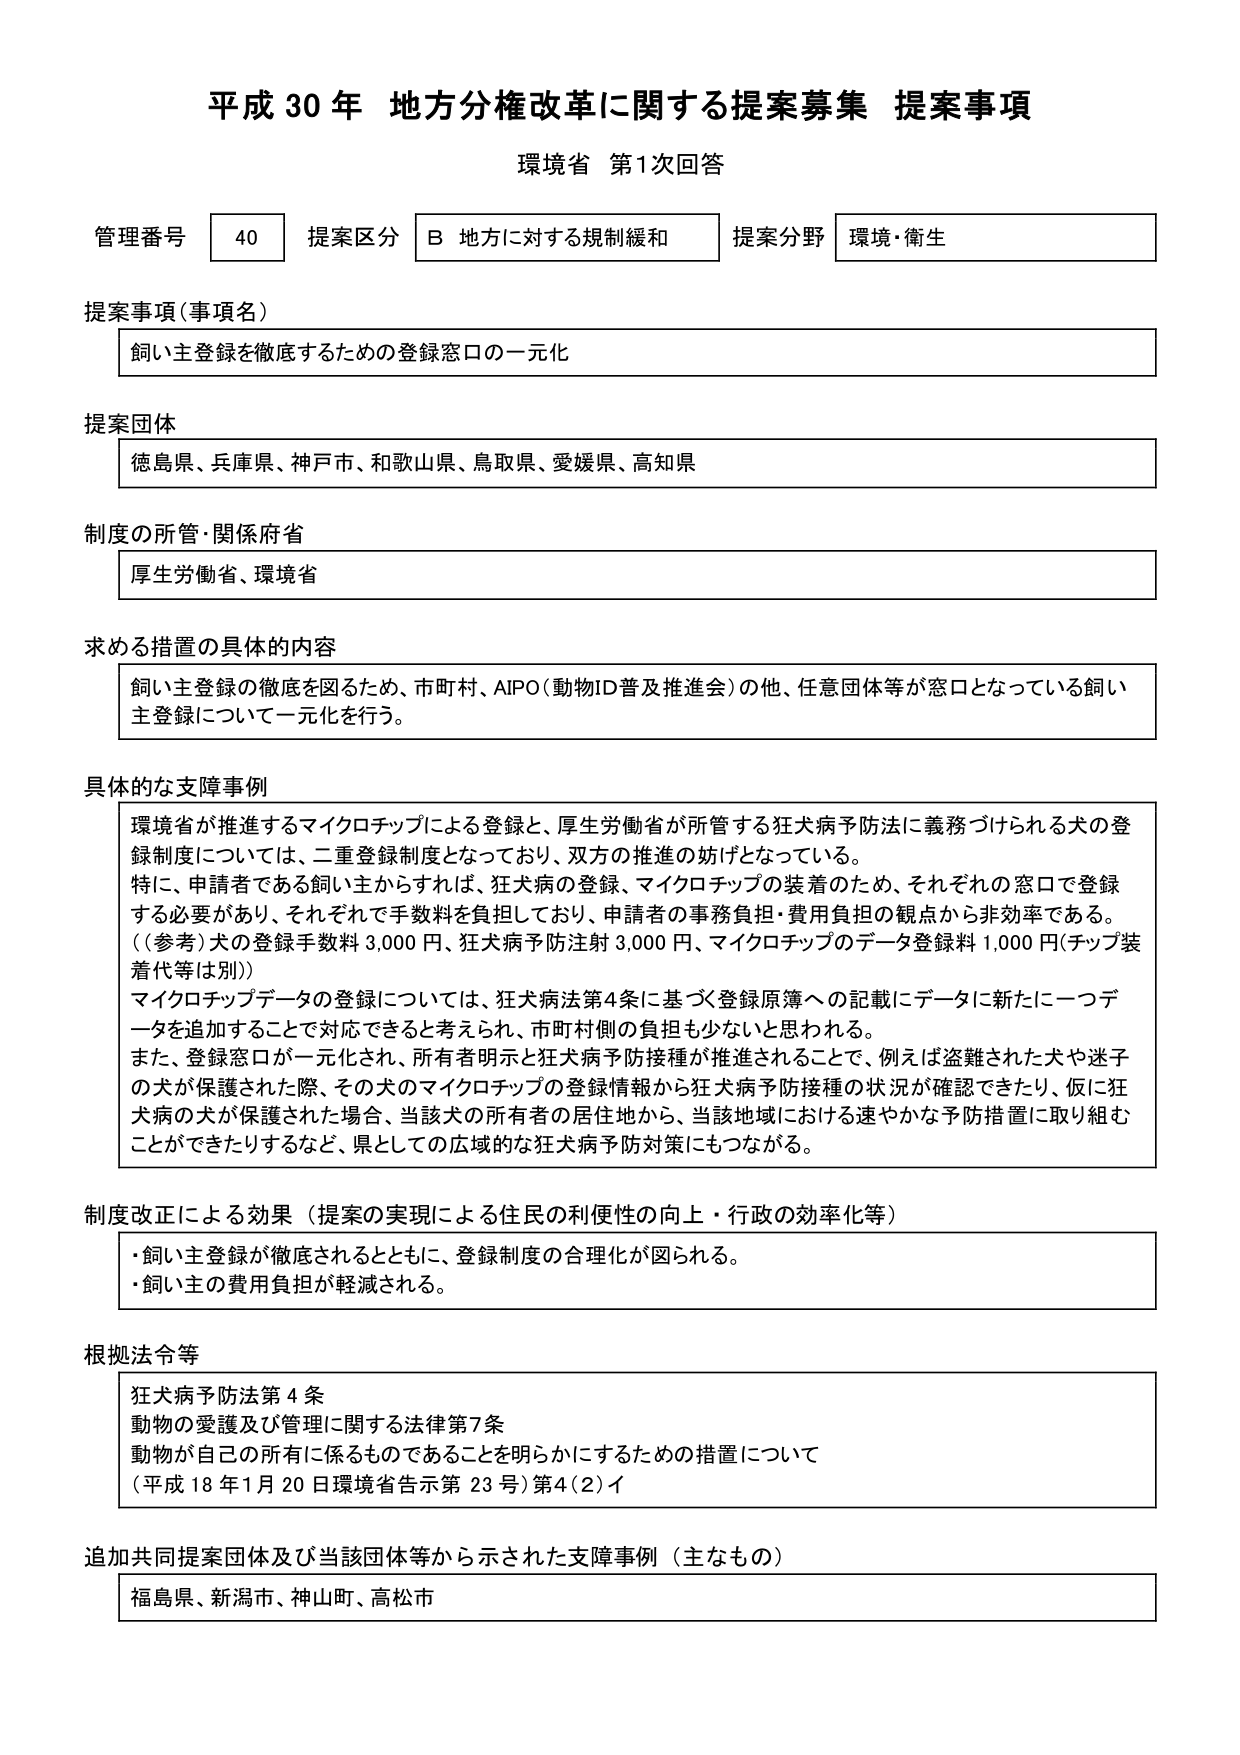
平成30年 地方分権改革に関する提案募集 提案事項
環境省 第1次回答

管理番号 40 提案区分 B 地方に対する規制緩和 提案分野 環境・衛生

提案事項（事項名）
飼い主登録を徹底するための登録窓口の一元化

提案団体
徳島県、兵庫県、神戸市、和歌山県、鳥取県、愛媛県、高知県

制度の所管・関係府省
厚生労働省、環境省

求める措置の具体的内容
飼い主登録の徹底を図るため、市町村、AIPO（動物ID普及推進会）の他、任意団体等が窓口となっている飼い主登録について一元化を行う。

具体的な支障事例
環境省が推進するマイクロチップによる登録と、厚生労働省が所管する狂犬病予防法に義務づけられる犬の登録制度については、二重登録制度となっており、双方の推進の妨げとなっている。
特に、申請者である飼い主からすれば、狂犬病の登録、マイクロチップの装着のため、それぞれの窓口で登録する必要があり、それぞれで手数料を負担しており、申請者の事務負担・費用負担の観点から非効率である。
（（参考）犬の登録手数料 3,000 円、狂犬病予防注射 3,000 円、マイクロチップのデータ登録料 1,000 円（チップ装着代等は別））
マイクロチップデータの登録については、狂犬病法第4条に基づく登録原簿への記載にデータに新たに一つデータを追加することで対応できると考えられ、市町村側の負担も少ないと思われる。
また、登録窓口が一元化され、所有者明示と狂犬病予防接種が推進されることで、例えば盗難された犬や迷子の犬が保護された際、その犬のマイクロチップの登録情報から狂犬病予防接種の状況が確認できたり、仮に狂犬病の犬が保護された場合、当該犬の所有者の居住地から、当該地域における速やかな予防措置に取り組むことができたりするなど、県としての広域的な狂犬病予防対策にもつながる。

制度改正による効果（提案の実現による住民の利便性の向上・行政の効率化等）
・飼い主登録が徹底されるとともに、登録制度の合理化が図られる。
・飼い主の費用負担が軽減される。

根拠法令等
狂犬病予防法第4条
動物の愛護及び管理に関する法律第7条
動物が自己の所有に係るものであることを明らかにするための措置について
（平成18年1月20日環境省告示第23号）第4（2）イ

追加共同提案団体及び当該団体等から示された支障事例（主なもの）
福島県、新潟市、神山町、高松市